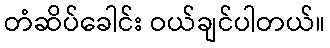
တံဆိပ်ခေါင်း ဝယ်ချင်ပါတယ်။